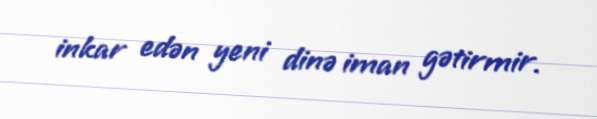
inkar edən yeni dinə iman gətirmir.